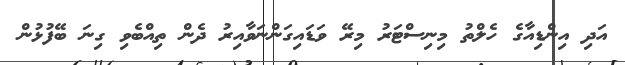
އަދި އިންޑިއާގެ ހެލްތު މިނިސްޓަރު މިރޭ ވަޑައިގަންނަވާއިރު ދެން ތިއްބެވި ގިނަ ބޭފުޅުން